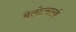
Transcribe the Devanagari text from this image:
बेलोत्सार्स्क